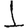
Digit: 1